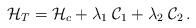
LaTeX: \begin{align*}{\cal H}_T ={\cal H}_c + \lambda_1 \; {\cal C}_1 + \lambda_2\;{\cal C}_2 \,.\end{align*}